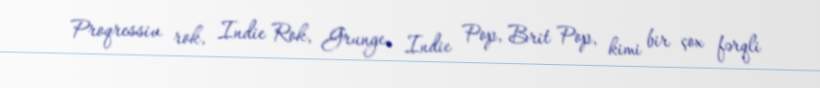
Proqressiv rok, Indie Rok, Grunge, Indie Pop, Brit Pop, kimi bir çox fərqli